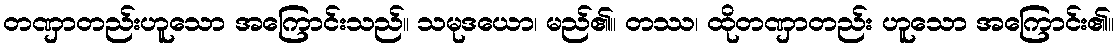
တဏှာတည်းဟူသော အကြောင်းသည်။ သမုဒယော၊ မည်၏။ တဿ၊ ထိုတဏှာတည်း ဟူသော အကြောင်း၏။